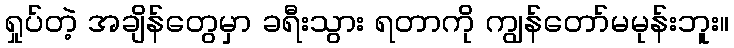
ရှုပ်တဲ့ အချိန်တွေမှာ ခရီးသွား ရတာကို ကျွန်တော်မမုန်းဘူး။